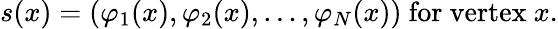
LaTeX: s(x)=(\varphi_{1}(x),\varphi_{2}(x),\ldots,\varphi_{N}(x)){\mathrm{~for~vertex~}}x.